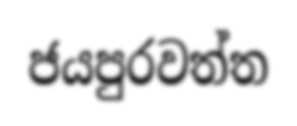
ජයපුරවත්ත